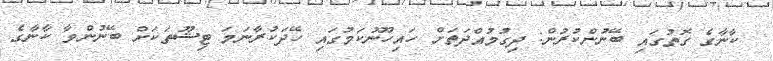
ކާނާގެ ގޮތުގައި ބޭނުންކުރުން: ދިގުމުއްދަތަށް ހައިހޫނުކަމުގައި ހޭދަކުރާނަމަ ޓިޝޫތަކަށް ބޭނުންވާ ކާނާގެ